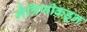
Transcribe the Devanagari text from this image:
मैत्रिणीकडून